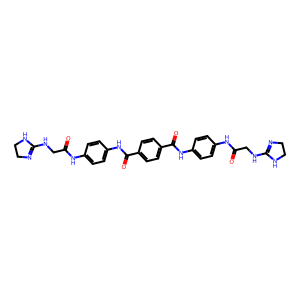
SMILES: O=C(CNC1=NCCN1)Nc1ccc(NC(=O)c2ccc(C(=O)Nc3ccc(NC(=O)CNC4=NCCN4)cc3)cc2)cc1
Inhibits HIV replication: Yes